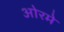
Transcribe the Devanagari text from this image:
ओरमे